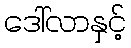
ဒေါ်လာနှင့်